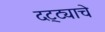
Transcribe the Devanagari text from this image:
दट्ट्याचे